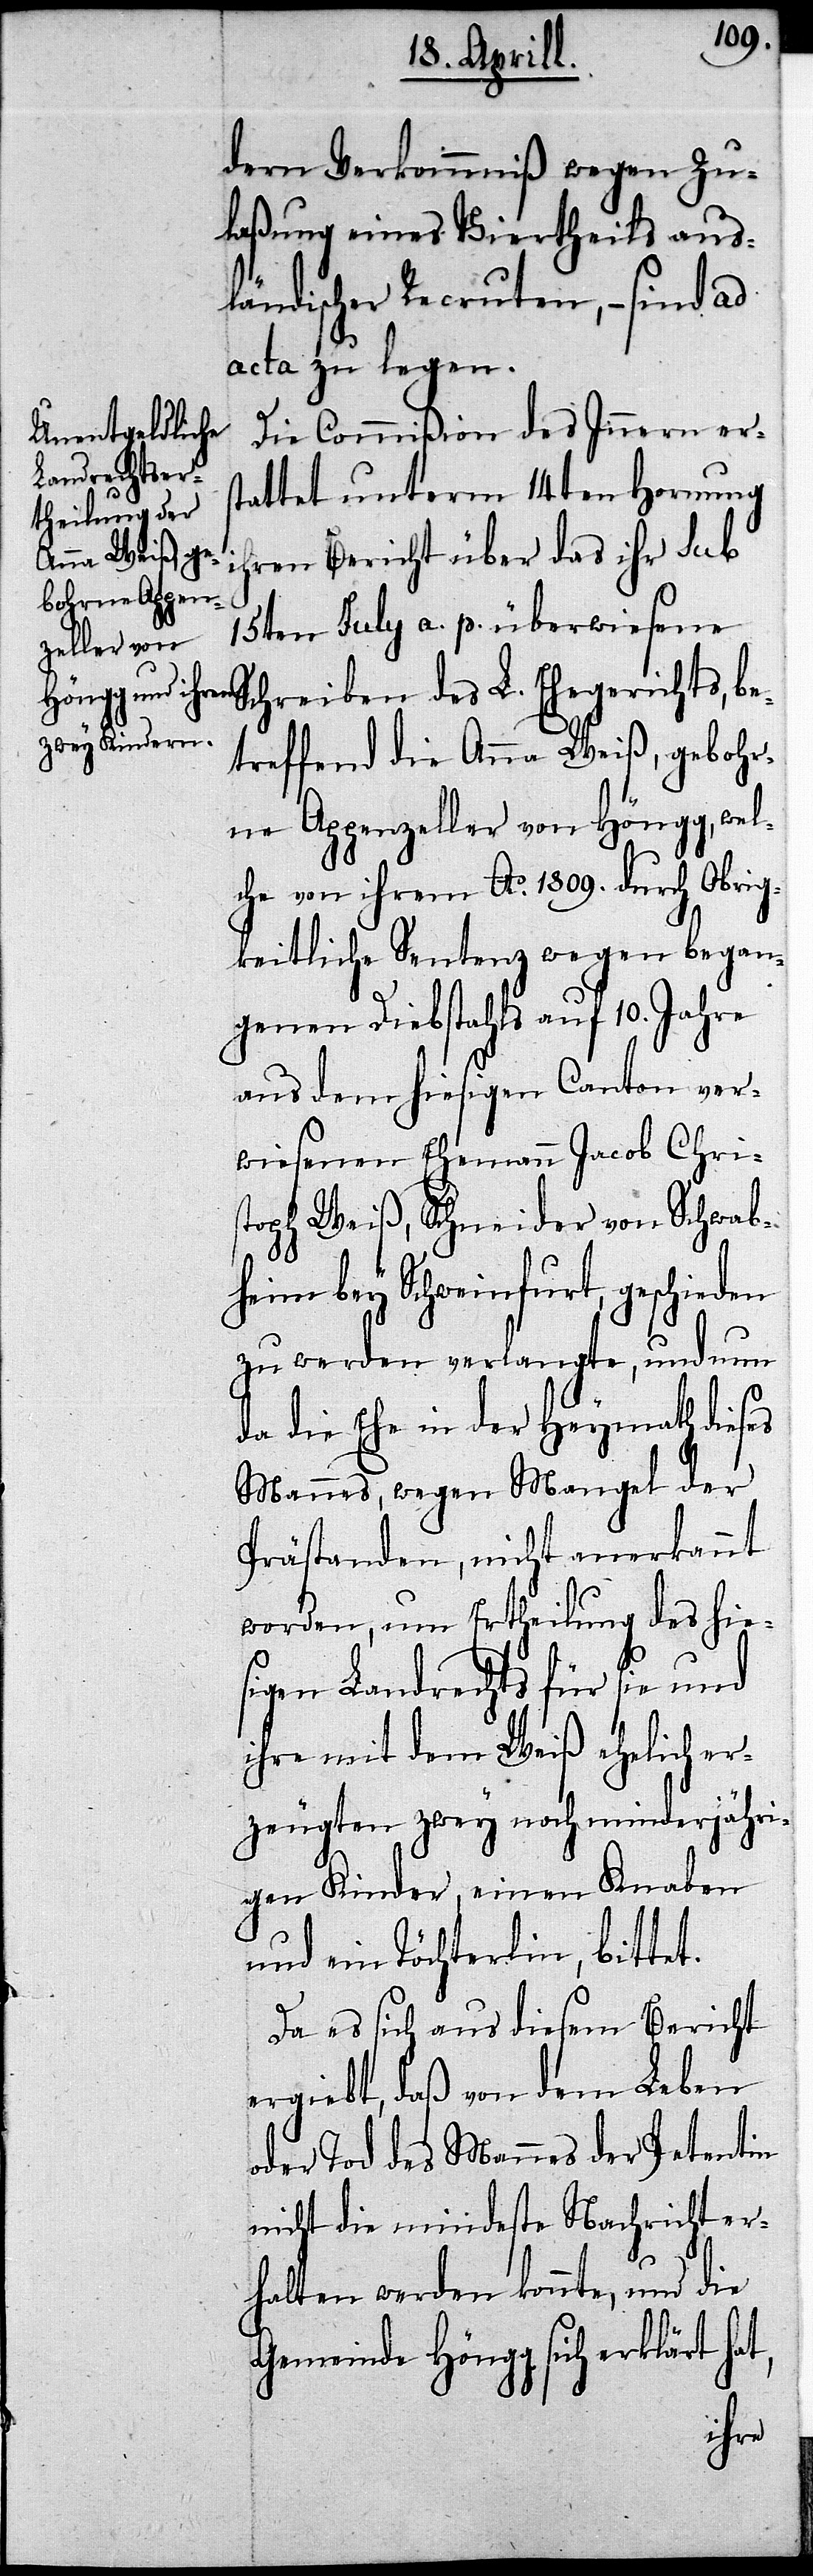
dern Verkommniß wegen Zu¬
laßung eines Viertheils aus¬
ländischer Recruten,– sind ad
acta zu legen.
Die Commißion des Innern ers¬
tattet unterm 14ten Hornung
ihren Bericht über das ihre sub
15ten July a. p. überwiesene
Schreiben des L. Ehegerichts, be¬
treffend die Anna Weiß, gebohr¬
ne Appenzeller von Höngg, wel¬
che von ihrem Ao. 1809. durch Obrig¬
keitliche Sentenz wegen began¬
genen Diebstahls auf 10. Jahre
aus dem hiesigen Canton ver¬
wiesenen Ehemann Jacob Chri¬
stoph Weiß, Schneider von Schwab¬
heim bey Schweinfurt, geschieden
zu werden verlangte, und nun
da die Ehe in der Heymath dieses
Mannes, wegen Mangel der
Prästanden, nicht anerkannt
worden, um Ertheilung des hie¬
sigen Landrechts für sie und
ihre mit dem Weiß ehelich er¬
zeugten zwey noch minderjähri¬
gen Kinder, einen Knaben
und ein Töchterlein, bittet.
Da es sich aus diesem Bericht
ergiebt, daß von dem Leben
oder Tod des Mannes der Petentin
nicht die mindeste Nachricht er¬
halten werden könnte, und die
Gemeinde Höngg sich erklärt